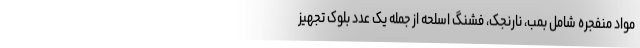
مواد منفجره شامل بمب، نارنجک، فشنگ اسلحه از جمله یک عدد بلوک تجهیز